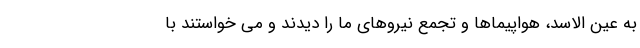
به عین الاسد، هواپیماها و تجمع نیروهای ما را دیدند و می خواستند با